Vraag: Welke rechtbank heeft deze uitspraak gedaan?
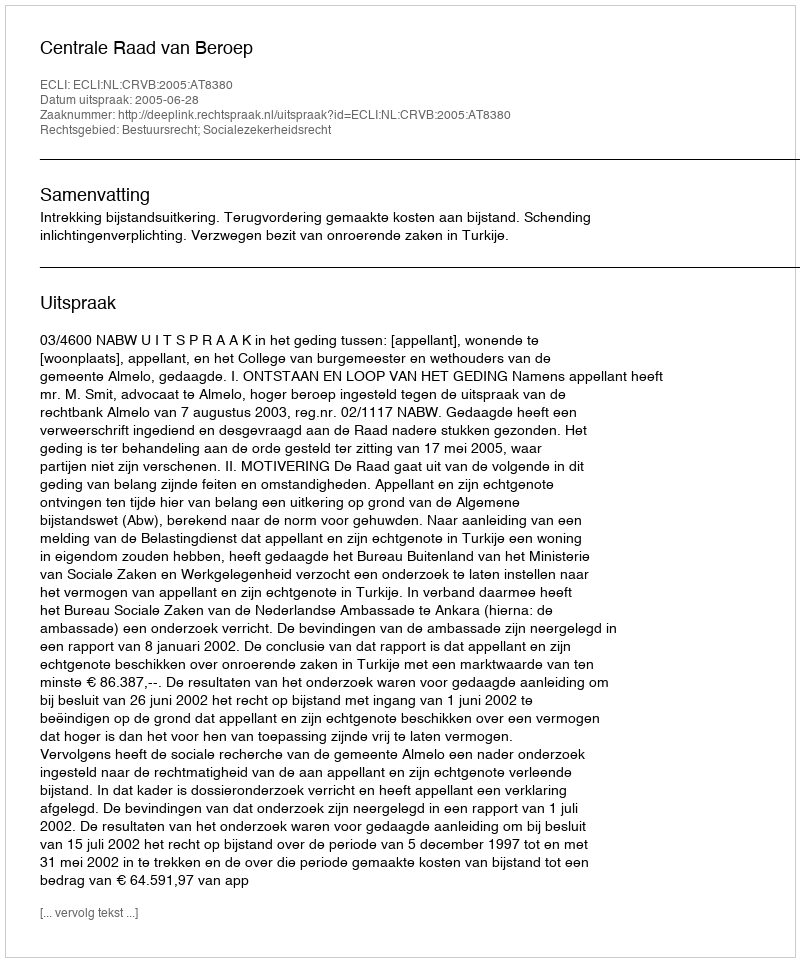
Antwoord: Centrale Raad van Beroep